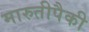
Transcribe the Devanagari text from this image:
मारुतीपैकी